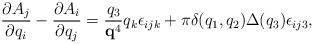
\begin{align*}\frac{\partial A_{j}}{\partial q_{i}}-\frac{\partial A_{i}}{\partial q_{j}}=\frac{q_{3}}{{\bf q}^{4}}q_{k} \epsilon_{ijk}+\pi\delta(q_{1}, q_{2})\Delta(q_{3})\epsilon_{ij3},\end{align*}